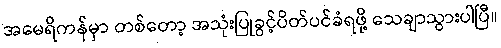
အမေရိကန်မှာ တစ်တော့ အသုံးပြုခွင့်ပိတ်ပင်ခံရဖို့ သေချာသွားပါပြီ။